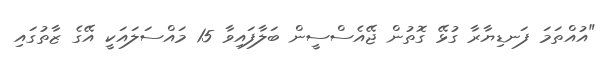
"އުއްތަމަ ފަނޑިޔާރާ ގުޅޭ ގޮތުން ޖޭއެސްސީން ބަލާފައިވާ 15 މައްސަލައަކީ އޭގެ ޒާތުގައި